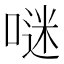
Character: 𠺗